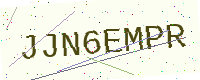
Text: JJN6EMPR